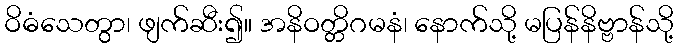
ဝိဓံသေတွာ၊ ဖျက်ဆီး၍။ အနိဝတ္တိဂမနံ၊ နောက်သို့ မပြန်နိဗ္ဗာန်သို့